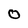
Character: O